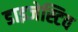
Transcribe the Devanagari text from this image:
डाइजेस्टिव